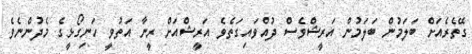
ގޭތެރެއަށް ބަލަމުން ބަލަމުން އަރީޝްވެސް ދުއްވައިގަތެވެ އަރީޝްއަށް ރީނާ އަތުވީ ހަނިގޯޅީގެ މެދުންނެވެ